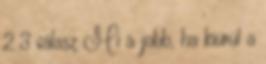
2 3 válasz Mi a jobb, ha kiürül a